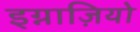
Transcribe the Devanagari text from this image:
इग्नाज़ियो